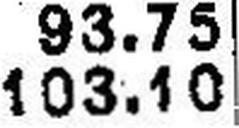
103.10